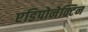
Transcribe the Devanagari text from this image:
एडिपोनेक्टिन